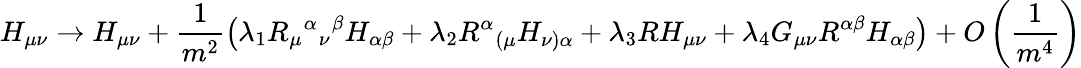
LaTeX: H_{\mu\nu}\rightarrow H_{\mu\nu}+\frac{1}{m^{2}}\bigl(\lambda_{1}R_{\mu}{}^{\alpha}{}_{\nu}{}^{\beta}H_{\alpha\beta}+\lambda_{2}R^{\alpha}{}_{(\mu}H_{\nu)\alpha}+\lambda_{3}RH_{\mu\nu}+\lambda_{4}G_{\mu\nu}R^{\alpha\beta}H_{\alpha\beta}\bigr)+O\left(\frac{1}{m^{4}}\right)